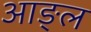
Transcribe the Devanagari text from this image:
आङ्ल